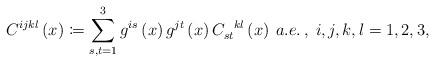
LaTeX: \begin{align*}C^{ijkl}\left(x\right)\coloneqq\sum_{s,t=1}^{3}g^{is}\left(x\right)g^{jt}\left(x\right)C_{st}^{\:\;\;kl}\left(x\right)\:a.e.\,,\;i,j,k,l=1,2,3,\end{align*}